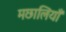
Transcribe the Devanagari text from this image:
मछालियाँ